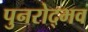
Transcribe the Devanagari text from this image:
पुनरोद्भव